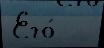
Его́